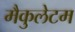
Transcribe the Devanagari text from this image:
मैकुलेटम